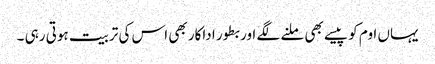
یہاں اوم کو پیسے بھی ملنے لگے اور بطور اداکار بھی اس کی تربیت ہوتی رہی ۔